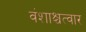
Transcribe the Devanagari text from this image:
वंशाश्चत्वार